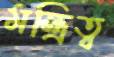
মন্ত্রিত্ব